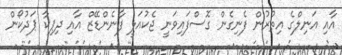
އާއި އަނިލްގެ އިތުރުން ފެނިގެން ގޮސްފައިވަނީ ޖެކުއަލީ ފާނެންޑޭޒް އާއި ދިޕިކާ ޕަދުކޯން